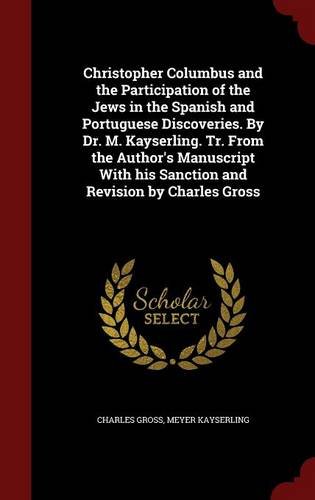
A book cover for Christopher Columbus and the Participation of the Jews in the Spanish and Portuguese Discoveries. By Dr. M. Kayserling. Tr. From the Author's Manuscript With his Sanction and Revision by Charles Gross; Charles Gross; Biographies & Memoirs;